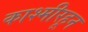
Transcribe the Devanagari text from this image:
काश्मीरहून